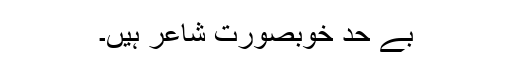
بے حد خوبصورت شاعر ہیں۔